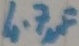
Text: 4.7µF